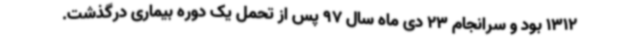
1312 بود و سرانجام 23 دی ماه سال 97 پس از تحمل یک دوره بیماری درگذشت.